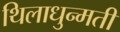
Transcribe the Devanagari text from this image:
थिलाधुन्मती